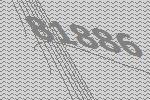
81886